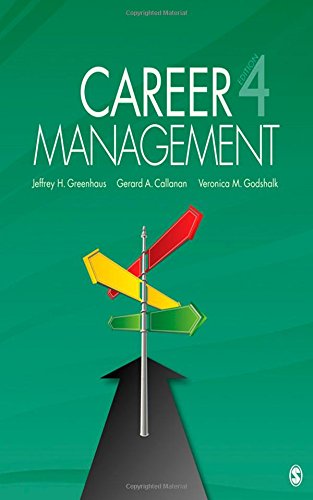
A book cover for Career Management; Jeffrey H. Greenhaus; Business & Money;